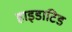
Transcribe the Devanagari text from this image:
हाइडाटिड